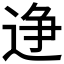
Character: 𫐭